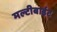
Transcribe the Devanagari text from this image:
मल्टीबाईट